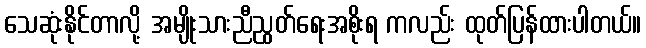
သေဆုံးနိုင်တာလို့ အမျိုးသားညီညွတ်ရေးအစိုးရ ကလည်း ထုတ်ပြန်ထားပါတယ်။